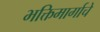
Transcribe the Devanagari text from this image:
भक्तिमार्गाचे